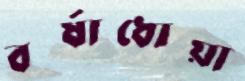
বর্ষাধোয়া